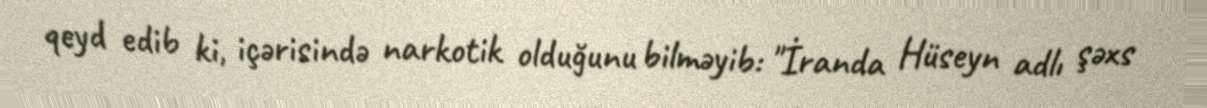
qeyd edib ki, içərisində narkotik olduğunu bilməyib: "İranda Hüseyn adlı şəxs